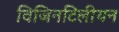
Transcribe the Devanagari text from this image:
विजिनटिलीयन